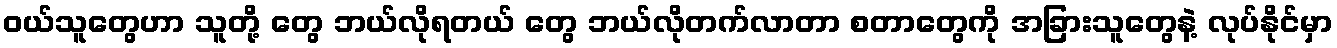
ဝယ်သူတွေဟာ သူတို့ တွေ ဘယ်လိုရတယ် တွေ ဘယ်လိုတက်လာတာ စတာတွေကို အခြားသူတွေနဲ့ လုပ်နိုင်မှာ